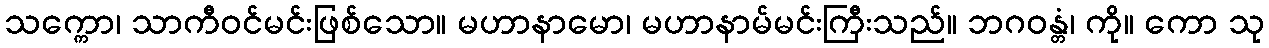
သက္ကော၊ သာကီဝင်မင်းဖြစ်သော။ မဟာနာမော၊ မဟာနာမ်မင်းကြီးသည်။ ဘဂဝန္တံ၊ ကို။ ကော သု